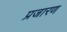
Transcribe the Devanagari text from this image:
प्रजारण